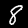
Digit: 8